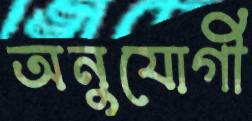
অনুযোগী